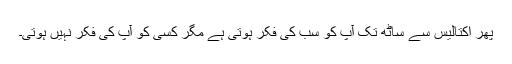
پھر اکتالیس سے ساٹھ تک آپ کو سب کی فکر ہوتی ہے مگر کسی کو آپ کی فکر نہیں ہوتی۔